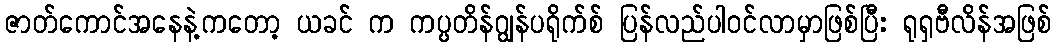
ဇာတ်ကောင်အနေနဲ့ကတော့ ယခင် က ကပ္ပတိန်ဂျွန်ပရိုက်စ် ပြန်လည်ပါ၀င်လာမှာဖြစ်ပြီး ရုရှဗီလိန်အဖြစ်